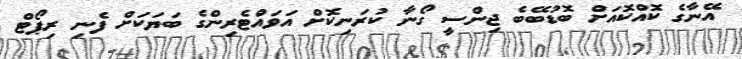
އޭނާގެ ކޮއްކޮއަށް ބޮޑުބޭބެ ޖިންސީ ގޯނާ ކުރަނިކޮށް އަވައްޓެރިންގެ ބަޔަކަށް ފެނި ރިޕޯޓް